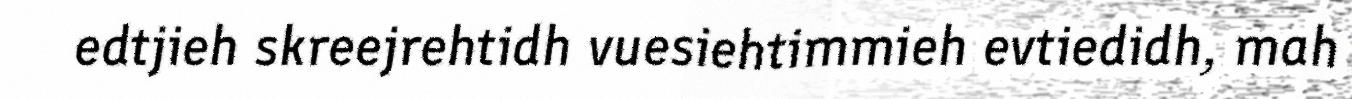
edtjieh skreejrehtidh vuesiehtimmieh evtiedidh, mah